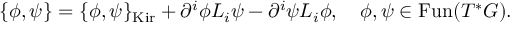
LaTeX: \{ \phi , \psi \} = \{ \phi , \psi \} _ { \mathrm { K i r } } + \partial ^ { i } \phi L _ { i } \psi - \partial ^ { i } \psi L _ { i } \phi , ~ ~ ~ \phi , \psi \in \mathrm { F u n } ( T ^ { * } G ) .